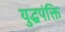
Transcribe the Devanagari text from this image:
युद्धपंक्ति